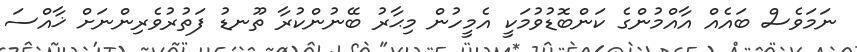
ނަމަވެސް ބައެއް އާއްމުންގެ ކަންބޮޑުވުމަކީ އެމީހުން މިޙާރު ބޭނުންކުރާ ތޫނޑު ފަތުރުވެރިންނަށް ޚާއްސަ